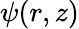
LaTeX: \psi(r,z)